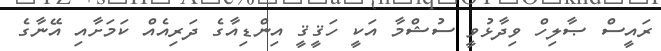
ރައީސް ޞާލިހް ވިދާޅުވީ ސުޝްމާ އަކީ ހަޤީޤީ އިންޑިއާގެ ދަރިއެއް ކަމަށާއި އޭނާގެ